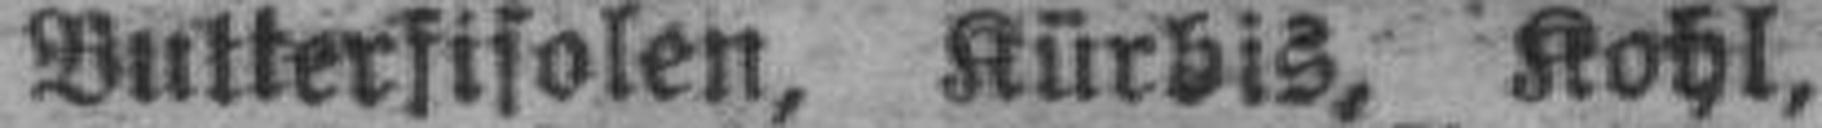
Butterfisolen, Kürbis, Kohl,